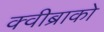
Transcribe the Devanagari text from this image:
क्वीब्राको